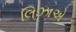
લિઝાએ